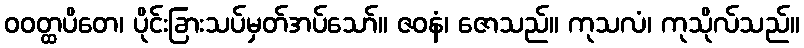
ဝဝတ္ထပိတေ၊ ပိုင်းခြားသပ်မှတ်အပ်သော်။ ဇဝနံ၊ ဇောသည်။ ကုသလံ၊ ကုသိုလ်သည်။